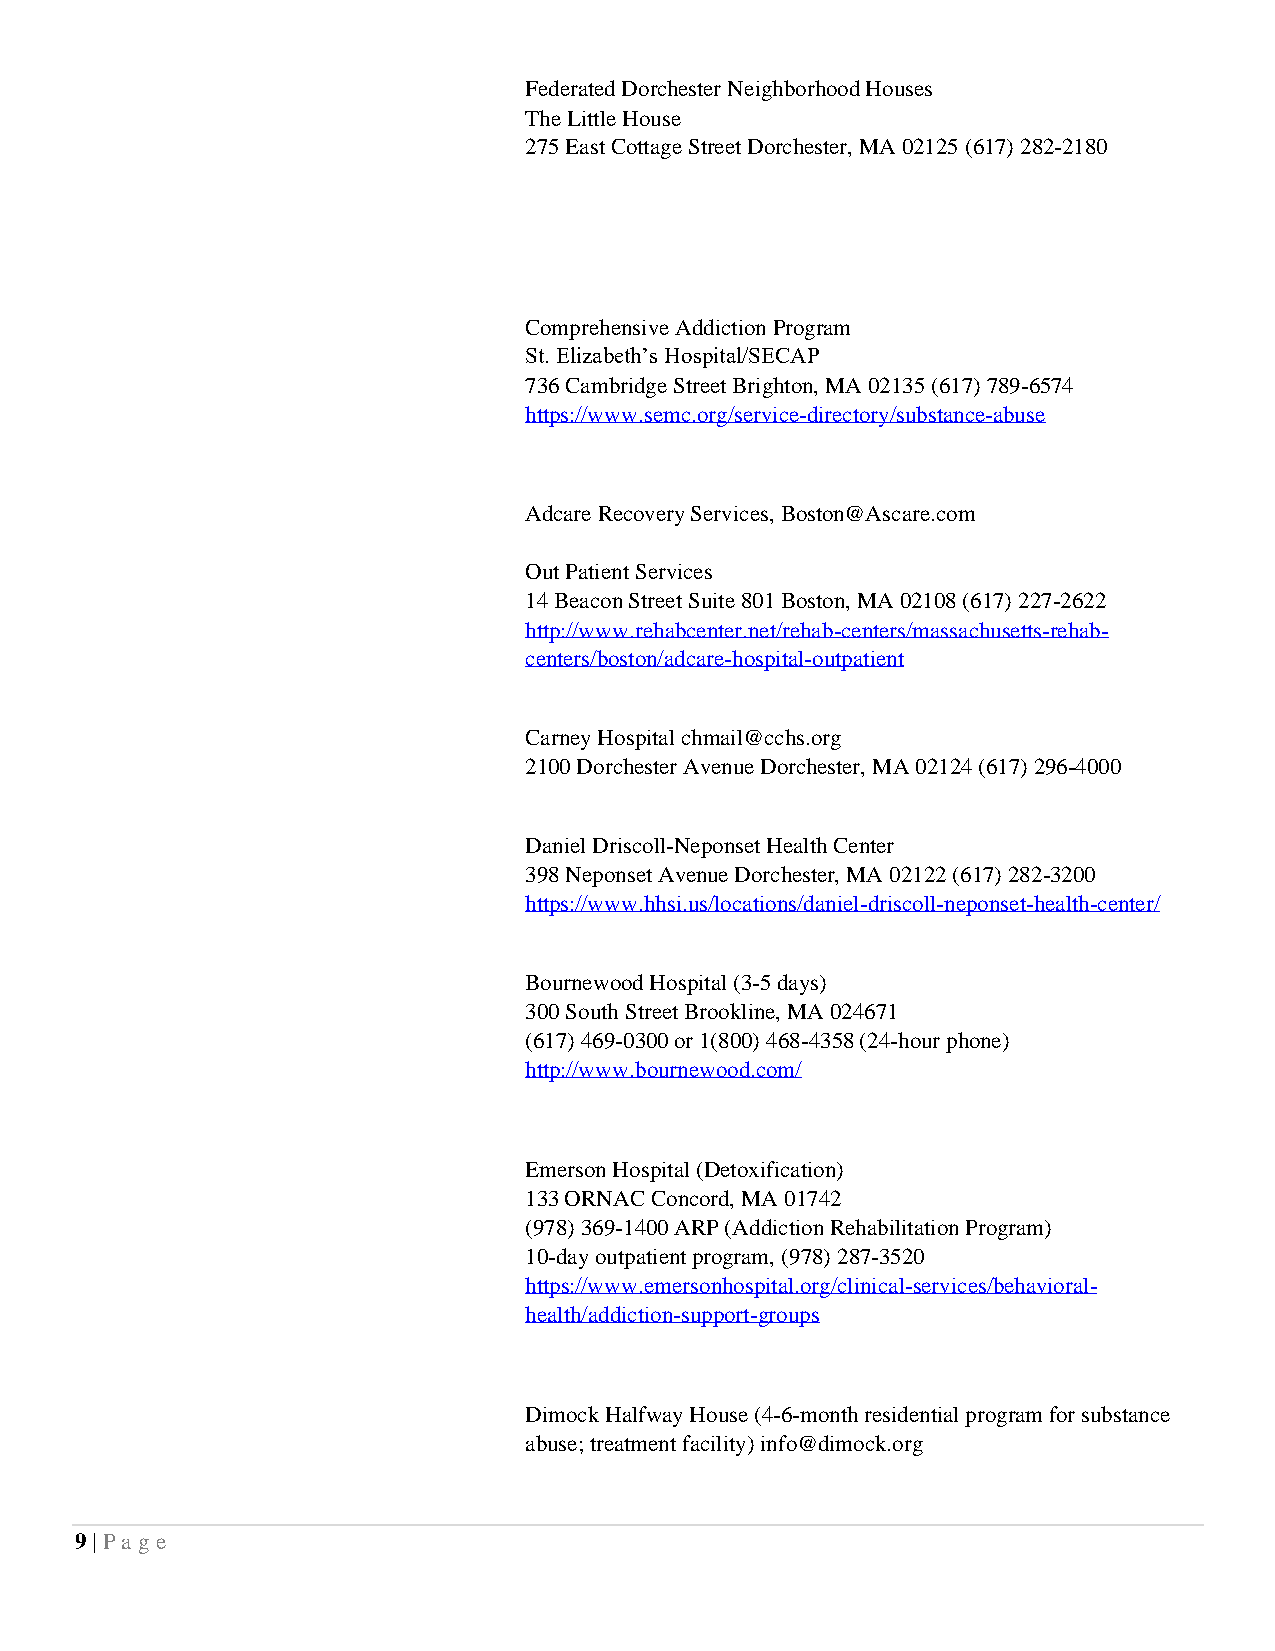
Federated Dorchester Neighborhood Houses
 The Little House
 275 East Cottage Street Dorchester, MA 02125 (617) 282-2180
 Comprehensive Addiction Program
 St. Elizabeth’s Hospital/SECAP
 736 Cambridge Street Brighton, MA 02135 (617) 789-6574
 https://www.semc.org/service-directory/substance-abuse
 Adcare Recovery Services, Boston@Ascare.com
 Out Patient Services
 14 Beacon Street Suite 801 Boston, MA 02108 (617) 227-2622
 http://www.rehabcenter.net/rehab-centers/massachusetts-rehab-
 centers/boston/adcare-hospital-outpatient
 Carney Hospital chmail@cchs.org
 2100 Dorchester Avenue Dorchester, MA 02124 (617) 296-4000
 Daniel Driscoll-Neponset Health Center
 398 Neponset Avenue Dorchester, MA 02122 (617) 282-3200
 https://www.hhsi.us/locations/daniel-driscoll-neponset-health-center/
 Bournewood Hospital (3-5 days)
 300 South Street Brookline, MA 024671
 (617) 469-0300 or 1(800) 468-4358 (24-hour phone)
 http://www.bournewood.com/
 Emerson Hospital (Detoxification)
 133 ORNAC Concord, MA 01742
 (978) 369-1400 ARP (Addiction Rehabilitation Program)
 10-day outpatient program, (978) 287-3520
 https://www.emersonhospital.org/clinical-services/behavioral-
 health/addiction-support-groups
 Dimock Halfway House (4-6-month residential program for substance
 abuse; treatment facility) info@dimock.org
 9 | Pa ge